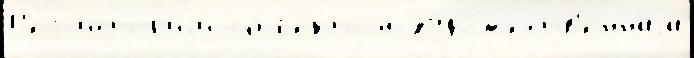
Р'ег исто́р'иjи объе́ктом худо́жеств'еннаjа